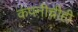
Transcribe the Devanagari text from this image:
कंपनीचीही